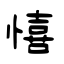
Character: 憘